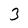
Character: 3